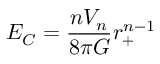
E _ { C } = \frac { n V _ { n } } { 8 \pi G } r _ { + } ^ { n - 1 }